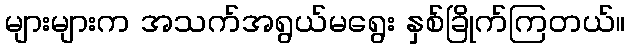
များများက အသက်အရွယ်မရွေး နှစ်ခြိုက်ကြတယ်။